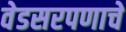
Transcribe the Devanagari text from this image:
वेडसरपणाचे